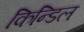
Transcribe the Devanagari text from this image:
किन्डिल